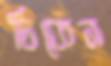
চিকেন